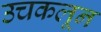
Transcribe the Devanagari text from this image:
उचकलून